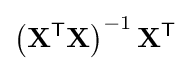
\left(\mathbf {X} ^{\textsf {T}}\mathbf {X} \right)^{-1}\mathbf {X} ^{\textsf {T}}